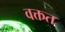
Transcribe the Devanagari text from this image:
वक्तत